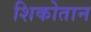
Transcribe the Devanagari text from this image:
शिकोतान